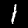
Label: 1